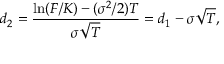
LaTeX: d _ { 2 } = { \frac { \ln ( F / K ) - ( \sigma ^ { 2 } / 2 ) T } { \sigma { \sqrt { T } } } } = d _ { 1 } - \sigma { \sqrt { T } } ,